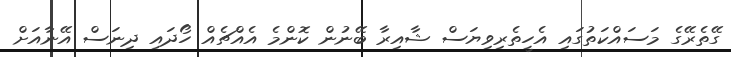
ގޭތެރޭގެ މަސައްކަތުގައި އެހީތެރިވިޔަސް ޝާއިރާ ބޭނުން ކޮންމެ އެއްޗެއް ހޯދައި ދިނަސް އޭނާއަށް